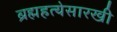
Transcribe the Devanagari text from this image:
ब्रह्महत्येसारखी